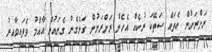
ރަށްރަށުން އެތައް ސަތޭކަ ރުކެއް އެހެން ރަށްރަށުން ގަނެގެން ގެނައުން އާއްމު ވެފައިވާއިރު